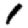
Digit: 1